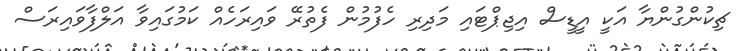
ޗިކުންގުންޔާ އަކީ އީޑީސް އިޖިޕްޓައި މަދިރި ހެފުމުން ފެތުރޭ ވައިރަހެއް ކަމުގައިވާ އަލްފާވައިރަސް